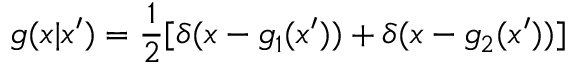
g ( x | x ^ { \prime } ) = { \frac { 1 } { 2 } } [ \delta ( x - g _ { 1 } ( x ^ { \prime } ) ) + \delta ( x - g _ { 2 } ( x ^ { \prime } ) ) ]